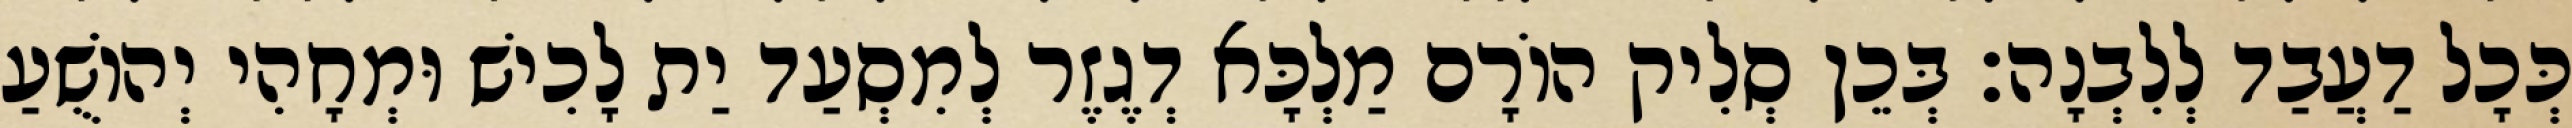
כְּכָל דַעֲבַד לְלִבְנָה׃ בְּכֵן סְלִיק הוֹרָם מַלְכָּא דְגֶזֶר לְמִסְעַד יַת לָכִישׁ וּמְחָהִי יְהוֹשֻׁעַ